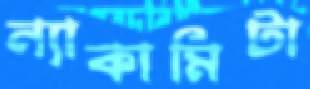
ন্যাকামিটা